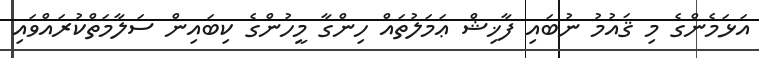
އަޅަމެންގެ މި ޤައުމު ނުބައި ފާޚިޝް ޢަމަލުތައް ހިންގާ މީހުންގެ ކިބައިން ސަލާމަތްކުރައްވައި